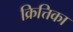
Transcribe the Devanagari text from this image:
क्रित्तिका